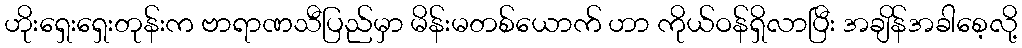
ဟိုးရှေးရှေးတုန်းက ဗာရာဏသီပြည်မှာ မိန်းမတစ်ယောက် ဟာ ကိုယ်ဝန်ရှိလာပြီး အချိန်အခါစေ့လို့